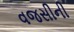
વજસીની